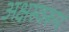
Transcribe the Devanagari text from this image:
अक्षस्वरूप